Vaccination in Bombay 1869-1873 - 1869-1873
Year: 1869
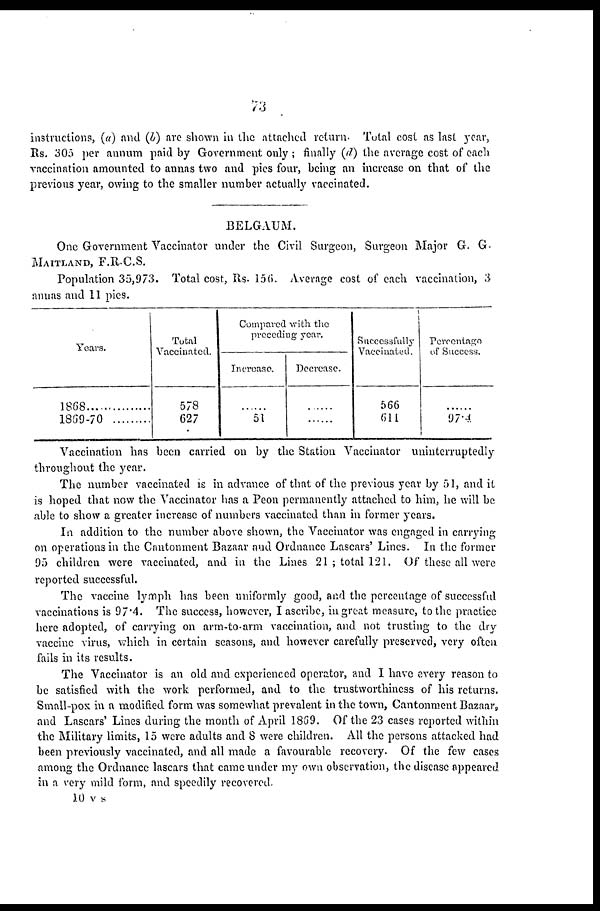
73
instructions, (a) and (b) are shown in the attached return. Total cost as last year,
Rs. 305 per annum paid by Government only ; finally (d) the average cost of each
vaccination amounted to annas two and pies four, being an increase on that of the
previous year, owing to the smaller number actually vaccinated.
BELGAUM.
One Government Vaccinator under the Civil Surgeon, Surgeon Major G. G.
MAITLAND, F.R.C.S.
Population 35,973. Total cost, Rs. 156. Average cost of each vaccination, 3
annas and 11 pies.
Years.
1868...............
1869-70............
Total
Vaccinated.
578
627
Compared with the
preceding year.
Increaase.
......
51
Decrease.
......
......
Successfully
Vaccinated.
566
611
Percentage
of Success.
......
97.4
Vaccination has been carried on by the Station Vaccinator uninterruptedly
throughout the year.
The number vaccinated is in advance of that of the previous year by 51, and it
is hoped that now the Vaccinator has a Peon permanently attached to him, he will be
able to show a greater increase of numbers vaccinated than in former years.
In addition to the number above shown, the Vaccinator was engaged in carrying
on operations in the Cantonment Bazaar and Ordnance Lascars' Lines. In the former
95 children were vaccinated, and in the Lines 21 ; total 121. Of these all were
reported successful.
The vaccine lymph has been uniformly good, and the percentage of successful
vaccinations is 97.4. The success, however, I ascribe, in great measure, to the practice
here adopted, of carrying on arm-to arm vaccination, and not trusting to the dry
vaccine virus, which in certain seasons, and however carefully preserved, very often
fails in its results.
The Vaccinator is an old and experienced operator, and I have every reason to
be satisfied with the work performed, and to the trustworthiness of his returns.
Small-pox in a modified form was somewhat prevalent in the town, Cantonment Bazaar,
and Lascars' Lines during the month of April 1869. Of the 23 cases reported within
the Military limits, 15 were adults and 8 were children. All the persons attacked had
been previously vaccinated, and all made a favourable recovery. Of the few cases
among the Ordnance lascars that came under my own observation, the disease appeared
in a very mild form, and speedily recovered.
10 v s